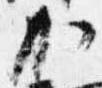
加